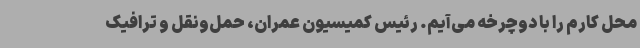
محل کارم را با دوچرخه می‌آیم. رئیس کمیسیون عمران، حمل‌ونقل و ترافیک